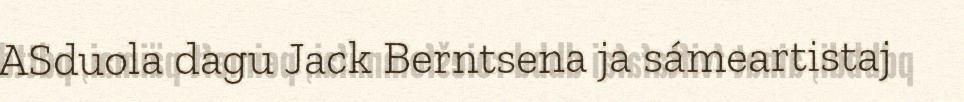
ASduola dagu Jack Berntsena ja sámeartistaj